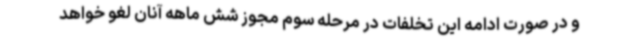
و در صورت ادامه این تخلفات در مرحله سوم مجوز شش ماهه آنان لغو خواهد